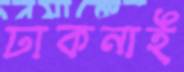
ঢাকনাই